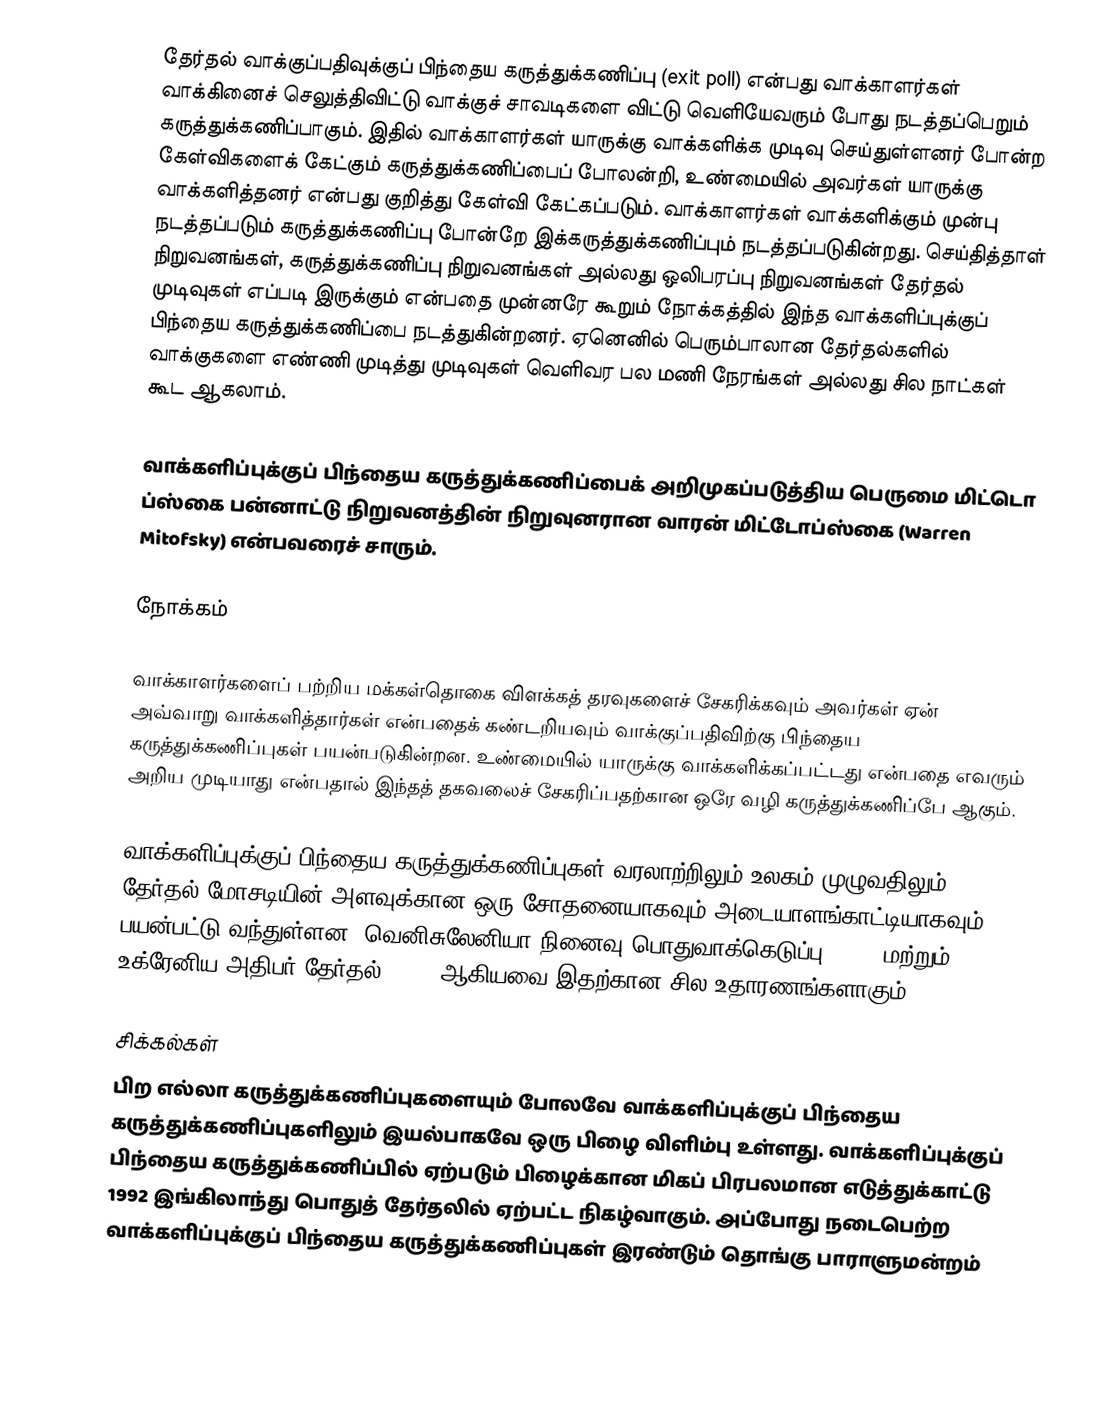
தேர்தல் வாக்குப்பதிவுக்குப் பிந்தைய கருத்துக்கணிப்பு (exit poll) என்பது வாக்காளர்கள் வாக்கினைச் செலுத்திவிட்டு வாக்குச் சாவடிகளை விட்டு வெளியேவரும் போது நடத்தப்பெறும் கருத்துக்கணிப்பாகும். இதில் வாக்காளர்கள் யாருக்கு வாக்களிக்க முடிவு செய்துள்ளனர் போன்ற கேள்விகளைக் கேட்கும் கருத்துக்கணிப்பைப் போலன்றி, உண்மையில் அவர்கள் யாருக்கு வாக்களித்தனர் என்பது குறித்து கேள்வி கேட்கப்படும். வாக்காளர்கள் வாக்களிக்கும் முன்பு நடத்தப்படும் கருத்துக்கணிப்பு போன்றே இக்கருத்துக்கணிப்பும் நடத்தப்படுகின்றது. செய்தித்தாள் நிறுவனங்கள், கருத்துக்கணிப்பு நிறுவனங்கள் அல்லது ஒலிபரப்பு நிறுவனங்கள் தேர்தல் முடிவுகள் எப்படி இருக்கும் என்பதை முன்னரே கூறும் நோக்கத்தில் இந்த வாக்களிப்புக்குப் பிந்தைய கருத்துக்கணிப்பை நடத்துகின்றனர். ஏனெனில் பெரும்பாலான தேர்தல்களில் வாக்குகளை எண்ணி முடித்து முடிவுகள் வெளிவர பல மணி நேரங்கள் அல்லது சில நாட்கள் கூட ஆகலாம்.

வாக்களிப்புக்குப் பிந்தைய கருத்துக்கணிப்பைக் அறிமுகப்படுத்திய பெருமை மிட்டொ ப்ஸ்கை பன்னாட்டு நிறுவனத்தின் நிறுவுனரான வாரன் மிட்டோப்ஸ்கை (Warren Mitofsky) என்பவரைச் சாரும்.

நோக்கம்

வாக்காளர்களைப் பற்றிய மக்கள்தொகை விளக்கத் தரவுகளைச் சேகரிக்கவும் அவர்கள் ஏன் அவ்வாறு வாக்களித்தார்கள் என்பதைக் கண்டறியவும் வாக்குப்பதிவிற்கு பிந்தைய கருத்துக்கணிப்புகள் பயன்படுகின்றன. உண்மையில் யாருக்கு வாக்களிக்கப்பட்டது என்பதை எவரும் அறிய முடியாது என்பதால் இந்தத் தகவலைச் சேகரிப்பதற்கான ஒரே வழி கருத்துக்கணிப்பே ஆகும்.

வாக்களிப்புக்குப் பிந்தைய கருத்துக்கணிப்புகள் வரலாற்றிலும் உலகம் முழுவதிலும் தேர்தல் மோசடியின் அளவுக்கான ஒரு சோதனையாகவும் அடையாளங்காட்டியாகவும் பயன்பட்டு வந்துள்ளன. வெனிசுலேனியா நினைவு பொதுவாக்கெடுப்பு, 2004 மற்றும் உக்ரேனிய அதிபர் தேர்தல், 2004 ஆகியவை இதற்கான சில உதாரணங்களாகும்.

சிக்கல்கள்
பிற எல்லா கருத்துக்கணிப்புகளையும் போலவே வாக்களிப்புக்குப் பிந்தைய கருத்துக்கணிப்புகளிலும் இயல்பாகவே ஒரு பிழை விளிம்பு உள்ளது. வாக்களிப்புக்குப் பிந்தைய கருத்துக்கணிப்பில் ஏற்படும் பிழைக்கான மிகப் பிரபலமான எடுத்துக்காட்டு 1992 இங்கிலாந்து பொதுத் தேர்தலில் ஏற்பட்ட நிகழ்வாகும். அப்போது நடைபெற்ற வாக்களிப்புக்குப் பிந்தைய கருத்துக்கணிப்புகள் இரண்டும் தொங்கு பாராளுமன்றம்